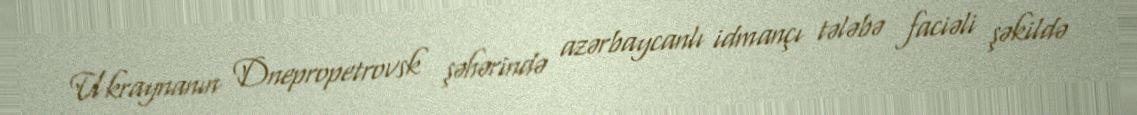
Ukraynanın Dnepropetrovsk şəhərində azərbaycanlı idmançı tələbə faciəli şəkildə